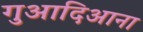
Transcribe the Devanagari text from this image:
गुआदिआना